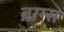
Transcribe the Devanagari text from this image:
ब्रग्ग्स